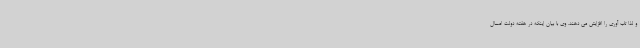
و لذا تاب آوری را افزایش می دهند. وی با بیان اینکه در هفته دولت امسال